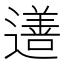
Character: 𨗚